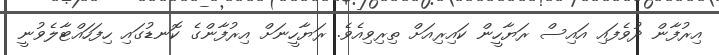
އިރުފާން ދުވެފައި އައިސް ރަޔާހީން ކައިރިއަށް ތިރިވިއެވެ. ރަޔާހީނަށް އިރުފާންގެ ކޮނޑުގައި ހިފަހައްޓާލެވުނީ